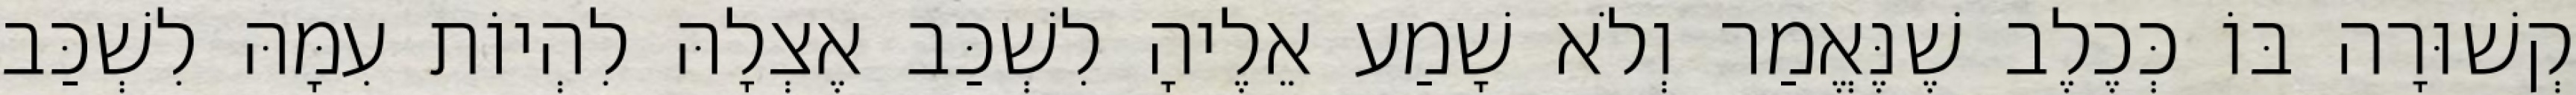
קְשׁוּרָה בּוֹ כְּכֶלֶב שֶׁנֶּאֱמַר וְלֹא שָׁמַע אֵלֶיהָ לִשְׁכַּב אֶצְלָהּ לִהְיוֹת עִמָּהּ לִשְׁכַּב